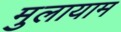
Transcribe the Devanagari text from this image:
मुलायाम